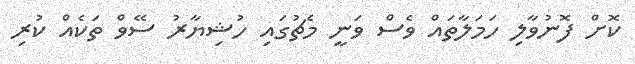
ކޮށް ފޮނުވާލި ހަމަލާތައް ވެސް ވަނީ މެޗުގައި ހުޝިޔާރު ސޭވް ތަކެއް ކުރި